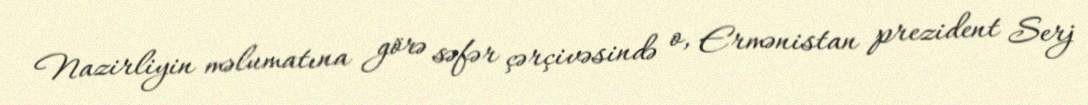
Nazirliyin məlumatına görə səfər çərçivəsində o, Ermənistan prezident Serj